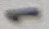
Text: 1